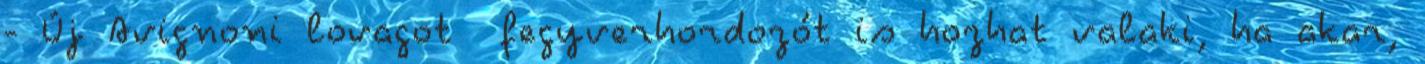
- Új Avignoni lovagot fegyverhordozót is hozhat valaki, ha akar,